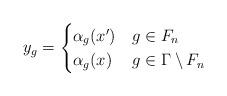
LaTeX: \begin{align*}y_g = \begin{cases}\alpha_g(x') & g \in F_n\\\alpha_g(x) & g \in \Gamma \setminus F_n\end{cases}\end{align*}